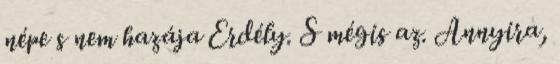
népe s nem hazája Erdély. S mégis az. Annyira,